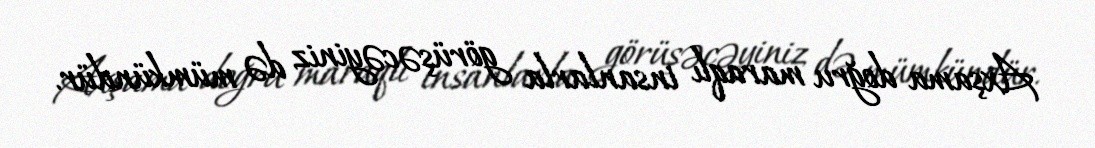
Axşama doğru maraqlı insanlarla görüşəcəyiniz də mümkündür.